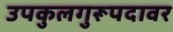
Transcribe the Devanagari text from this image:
उपकुलगुरूपदावर